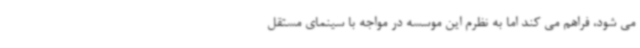
می شود، فراهم می کند اما به نظرم این موسسه در مواجه با سینمای مستقل